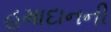
હમાદાનની